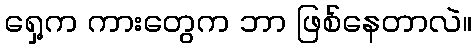
ရှေ့က ကားတွေက ဘာ ဖြစ်နေတာလဲ။